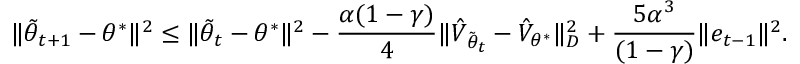
\Vert \tilde { \theta } _ { t + 1 } - \theta ^ { * } \Vert ^ { 2 } \leq \Vert \tilde { \theta } _ { t } - \theta ^ { * } \Vert ^ { 2 } - \frac { \alpha ( 1 - \gamma ) } { 4 } \Vert \hat { V } _ { \tilde { \theta } _ { t } } - \hat { V } _ { \theta ^ { * } } \Vert _ { D } ^ { 2 } + \frac { 5 \alpha ^ { 3 } } { ( 1 - \gamma ) } \Vert e _ { t - 1 } \Vert ^ { 2 } .